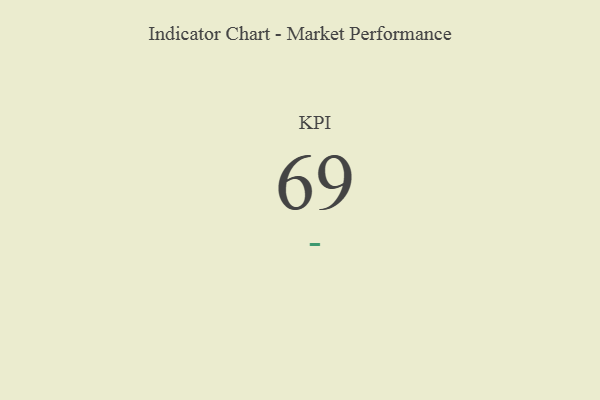
{"axis": {"x": "KPI", "y": "Value"}, "legend": [""], "data": [{"x": "KPI", "y": 69, "type": ""}]}